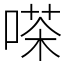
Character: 嗏